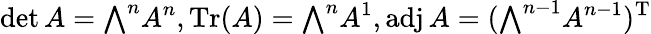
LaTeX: \operatorname*{det}A={\textstyle\bigwedge}^{n}A^{n},\operatorname{Tr}(A)={\textstyle\bigwedge}^{n}A^{1},\operatorname{adj}A=({\textstyle\bigwedge}^{n-1}A^{n-1})^{\mathrm{T}}